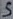
Text: S